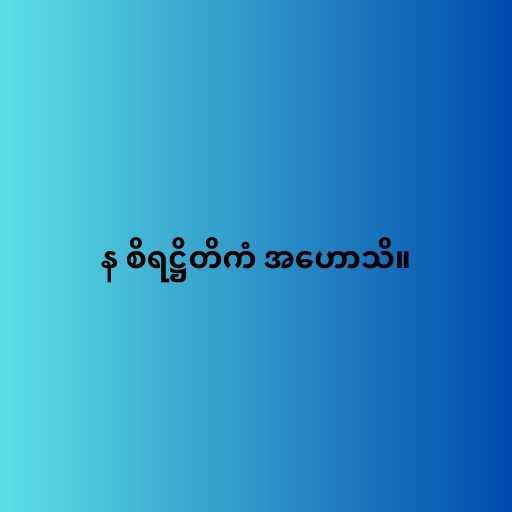
န စိရဋ္ဌိတိကံ အဟောသိ။